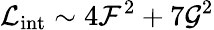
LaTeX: \mathcal{L}_{\mathrm{int}}\sim 4\mathcal{F}^{2}+7\mathcal{G}^{2}